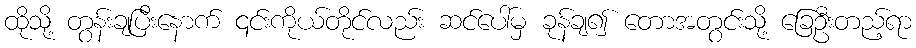
ထိုသို့ တွန်းချပြီးနောက် ၎င်းကိုယ်တိုင်လည်း ဆင်ပေါ်မှ ခုန်ချ၍ တောအတွင်းသို့ ခြေဦးတည့်ရာ